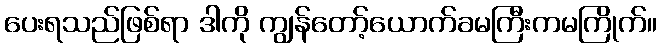
ပေးရသည်ဖြစ်ရာ ဒါကို ကျွန်တော့်ယောက်ခမကြီးကမကြိုက်။